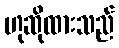
ဟုဆိုထားသည်